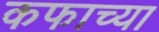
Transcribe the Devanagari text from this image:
कफाच्या